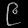
Digit: ၉